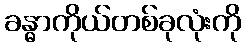
ခန္ဓာကိုယ်တစ်ခုလုံးကို